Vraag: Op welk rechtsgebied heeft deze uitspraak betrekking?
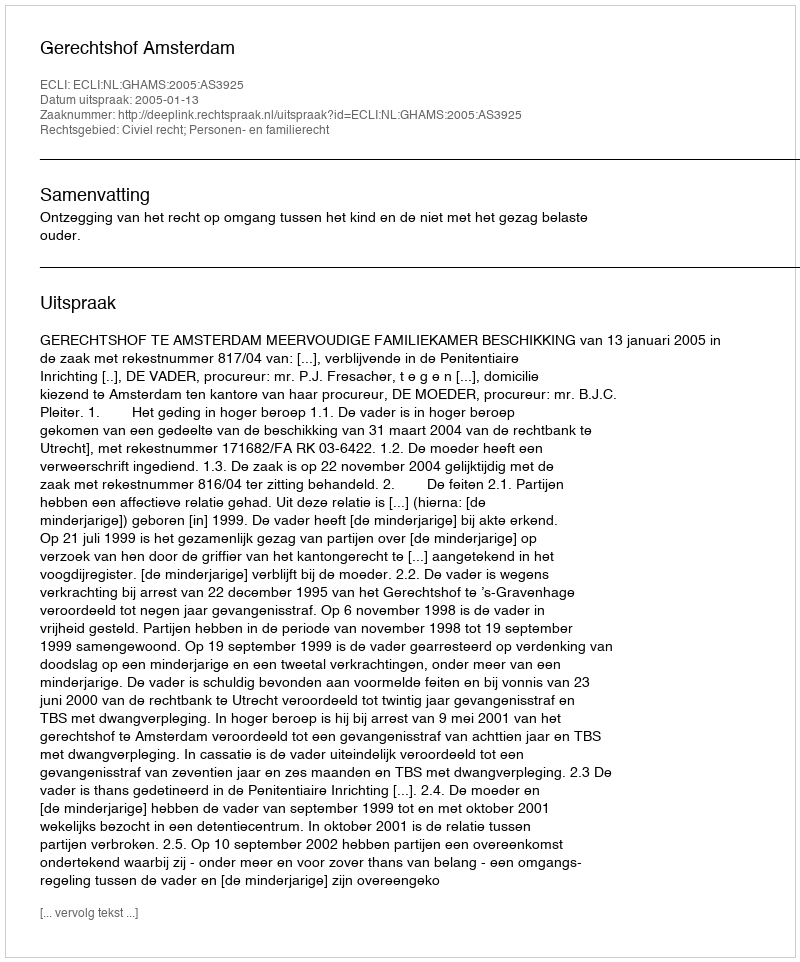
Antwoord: Civiel recht; Personen- en familierecht